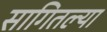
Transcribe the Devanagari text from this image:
सागितल्या